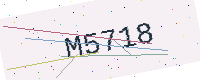
Text: M5718